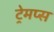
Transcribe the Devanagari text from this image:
ट्रेमप्स